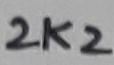
Text: 2K2